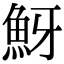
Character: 𩶀